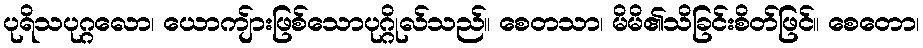
ပုရိသပုဂ္ဂလော၊ ယောကျ်ားဖြစ်သောပုဂ္ဂိုလ်သည်။ စေတသာ၊ မိမိ၏သိခြင်းစိတ်ဖြင်။ စေတော၊